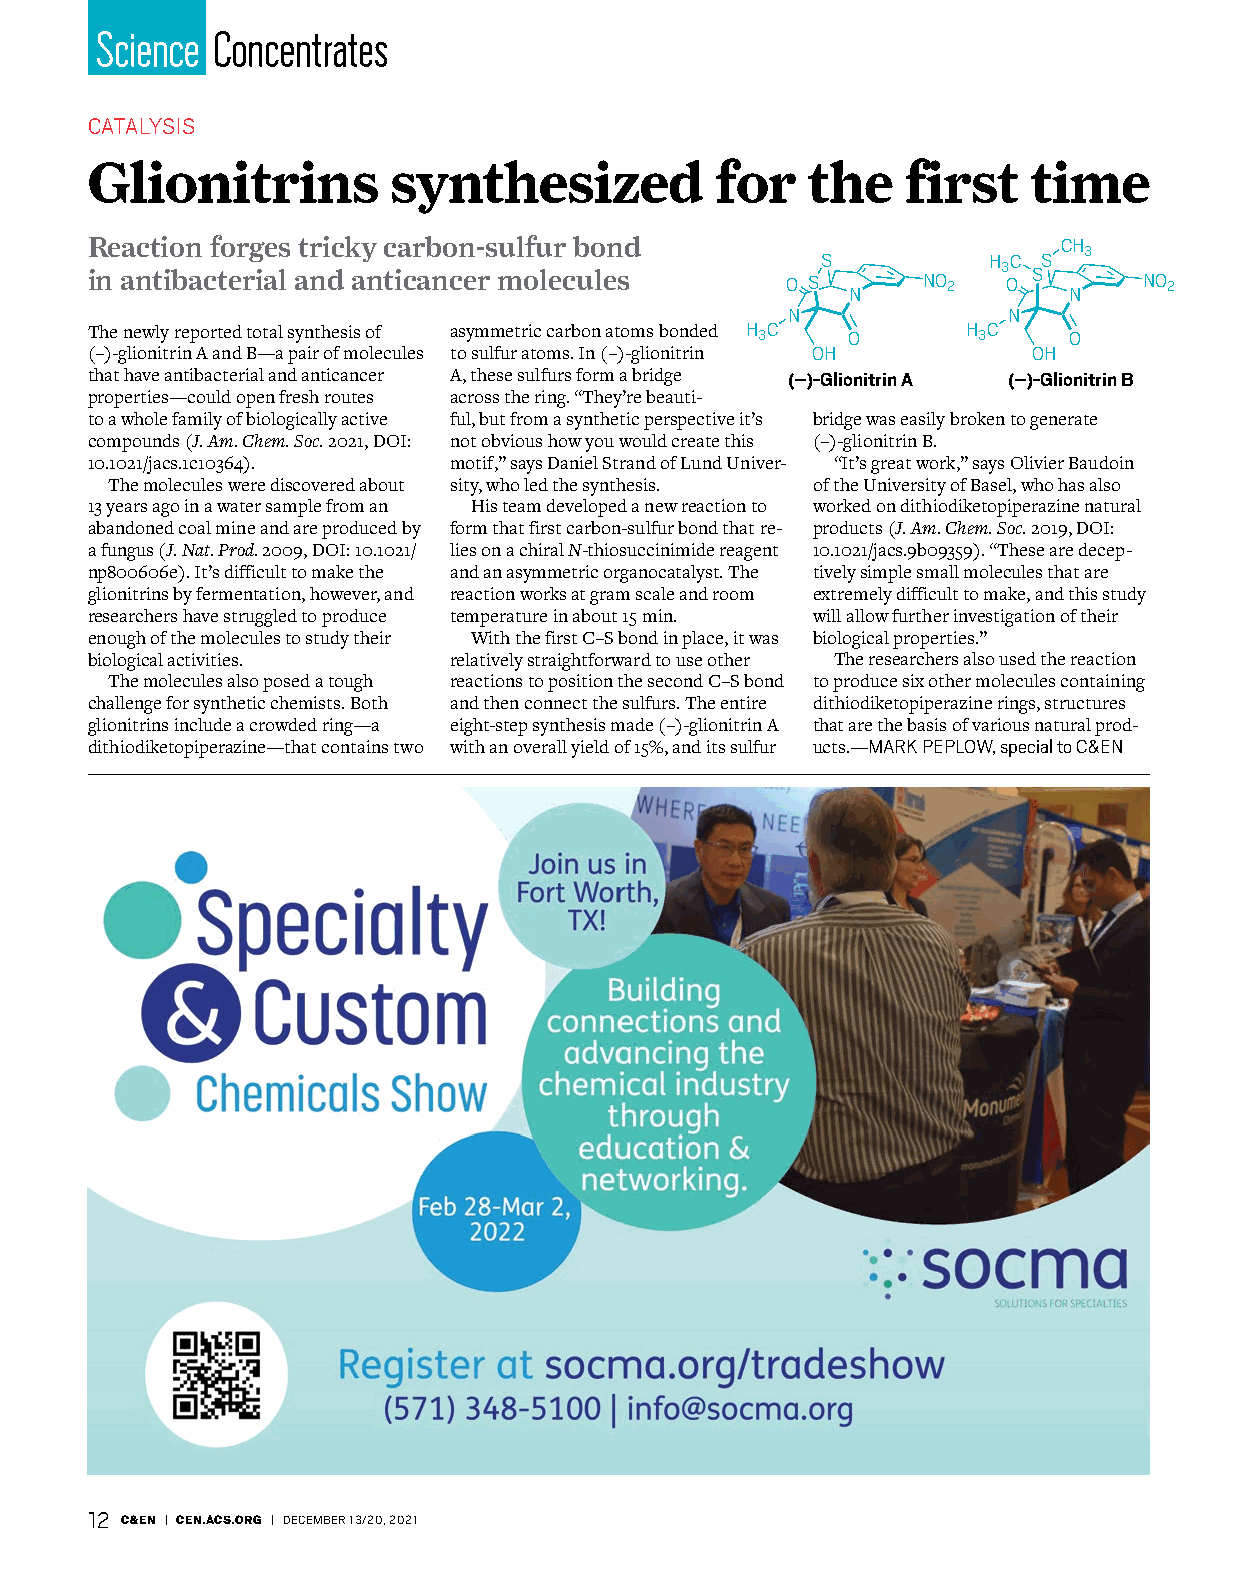
Science Concentrates
 CATALYSIS
 Glionitrins         synthesized          for   the    first   time
 Reaction forges tricky carbon-sulfur bond                       CH
 3
 S          H C S
 in antibacterial and anticancer molecules     O S N    NO 2 3 O S N   NO 2
 N              N
 The newly reported total synthesis of asymmetric carbon atoms bonded H 3C O H 3C O
 (–)-glionitrin A and B—a pair of molecules to sulfur atoms. In (–)-glionitrin OH OH
 that have antibacterial and anticancer A, these sulfurs form a bridge (–)-Glionitrin A (–)-Glionitrin B
 properties—could open fresh routes across the ring. “They’re beauti-
 to a whole family of biologically active ful, but from a synthetic perspective it’s bridge was easily broken to generate
 compounds (J. Am. Chem. Soc. 2021, DOI: not obvious how you would create this (–)-glionitrin B.
 10.1021/jacs.1c10364).  motif,” says Daniel Strand of Lund Univer- “It’s great work,” says Olivier Baudoin
 The molecules were discovered about sity, who led the synthesis. of the University of Basel, who has also
 13 years ago in a water sample from an His team developed a new reaction to worked on dithiodiketopiperazine natural
 abandoned coal mine and are produced by form that first carbon-sulfur bond that re- products (J. Am. Chem. Soc. 2019, DOI:
 a fungus (J. Nat. Prod. 2009, DOI: 10.1021/ lies on a chiral N-thiosuccinimide reagent 10.1021/jacs.9b09359). “These are decep-
 np800606e). It’s difficult to make the and an asymmetric organocatalyst. The tively simple small molecules that are
 glionitrins by fermentation, however, and reaction works at gram scale and room extremely difficult to make, and this study
 researchers have struggled to produce temperature in about 15 min. will allow further investigation of their
 enough of the molecules to study their With the first C–S bond in place, it was biological properties.”
 biological activities.  relatively straightforward to use other The researchers also used the reaction
 The molecules also posed a tough reactions to position the second C–S bond to produce six other molecules containing
 challenge for synthetic chemists. Both and then connect the sulfurs. The entire dithiodiketopiperazine rings, structures
 glionitrins include a crowded ring—a eight-step synthesis made (–)-glionitrin A that are the basis of various natural prod-
 dithiodiketopiperazine—that contains two with an overall yield of 15%, and its sulfur ucts. —MARK PEPLOW, special to C&EN
 12 C&EN | CEN.ACS.ORG | DECEMBER 13/20, 2021